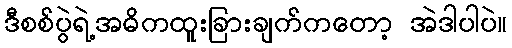
ဒီစစ်ပွဲရဲ့အဓိကထူးခြားချက်ကတော့ အဲဒါပါပဲ။